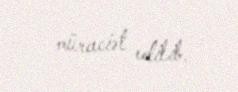
müraciət edilib.